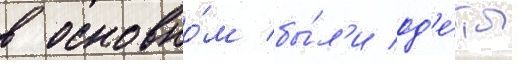
в основно́м бы́л'и од'е́ты